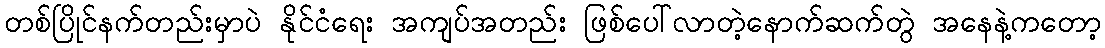
တစ်ပြိုင်နက်တည်းမှာပဲ နိုင်ငံရေး အကျပ်အတည်း ဖြစ်ပေါ်လာတဲ့နောက်ဆက်တွဲ အနေနဲ့ကတော့